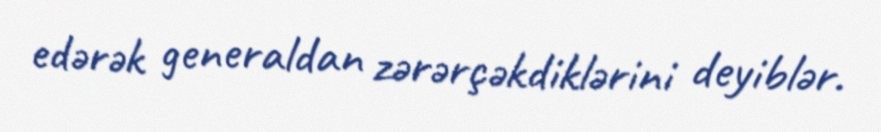
edərək generaldan zərərçəkdiklərini deyiblər.